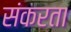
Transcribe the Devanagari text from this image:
संकरता